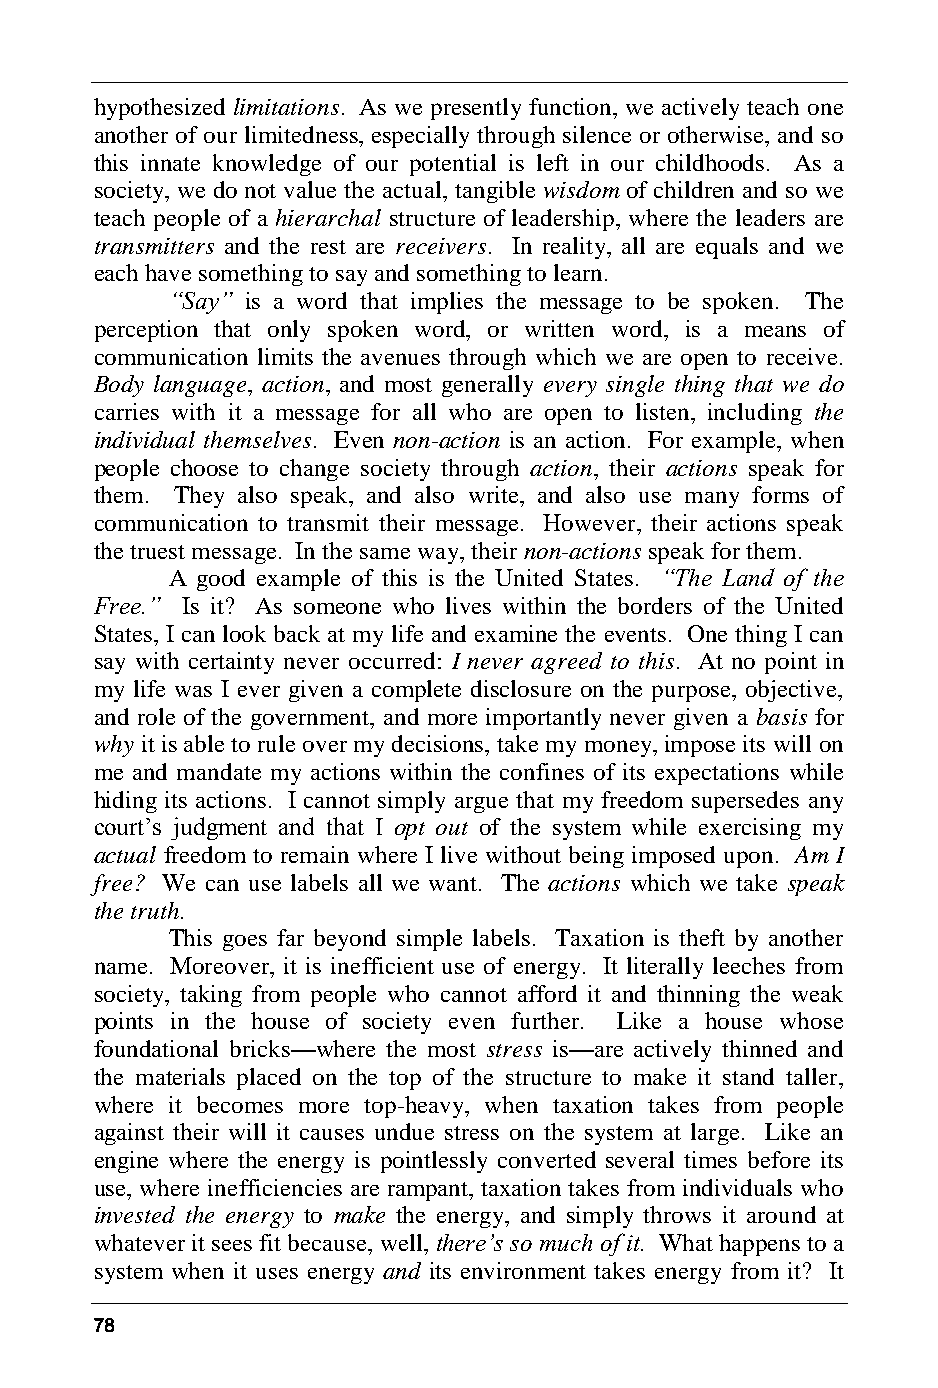
hypothesized limitations. As we presently function, we actively teach one
 another of our limitedness, especially through silence or otherwise, and so
 this innate knowledge of our potential is left in our childhoods. As a
 society, we do not value the actual, tangible wisdom of children and so we
 teach people of a hierarchal structure of leadership, where the leaders are
 transmitters and the rest are receivers. In reality, all are equals and we
 each have something to say and something to learn.
 “Say” is a word that implies the message to be spoken. The
 perception that only spoken word, or written word, is a means of
 communication limits the avenues through which we are open to receive.
 Body language, action, and most generally every single thing that we do
 carries with it a message for all who are open to listen, including the
 individual themselves. Even non-action is an action. For example, when
 people choose to change society through action, their actions speak for
 them. They also speak, and also write, and also use many forms of
 communication to transmit their message. However, their actions speak
 the truest message. In the same way, their non-actions speak for them.
 A good example of this is the United States. “The Land of the
 Free.” Is it? As someone who lives within the borders of the United
 States, I can look back at my life and examine the events. One thing I can
 say with certainty never occurred: I never agreed to this. At no point in
 my life was I ever given a complete disclosure on the purpose, objective,
 and role of the government, and more importantly never given a basis for
 why it is able to rule over my decisions, take my money, impose its will on
 me and mandate my actions within the confines of its expectations while
 hiding its actions. I cannot simply argue that my freedom supersedes any
 court’s judgment and that I opt out of the system while exercising my
 actual freedom to remain where I live without being imposed upon. Am I
 free? We can use labels all we want. The actions which we take speak
 the truth.
 This goes far beyond simple labels. Taxation is theft by another
 name. Moreover, it is inefficient use of energy. It literally leeches from
 society, taking from people who cannot afford it and thinning the weak
 points in the house of society even further. Like a house whose
 foundational bricks—where the most stress is—are actively thinned and
 the materials placed on the top of the structure to make it stand taller,
 where it becomes more top-heavy, when taxation takes from people
 against their will it causes undue stress on the system at large. Like an
 engine where the energy is pointlessly converted several times before its
 use, where inefficiencies are rampant, taxation takes from individuals who
 invested the energy to make the energy, and simply throws it around at
 whatever it sees fit because, well, there’s so much of it. What happens to a
 system when it uses energy and its environment takes energy from it? It
 78